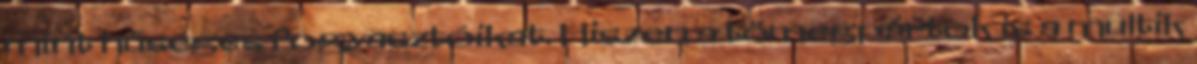
mint hűséges fogyasztóikat. Hiszen a tömegpártok is a multik